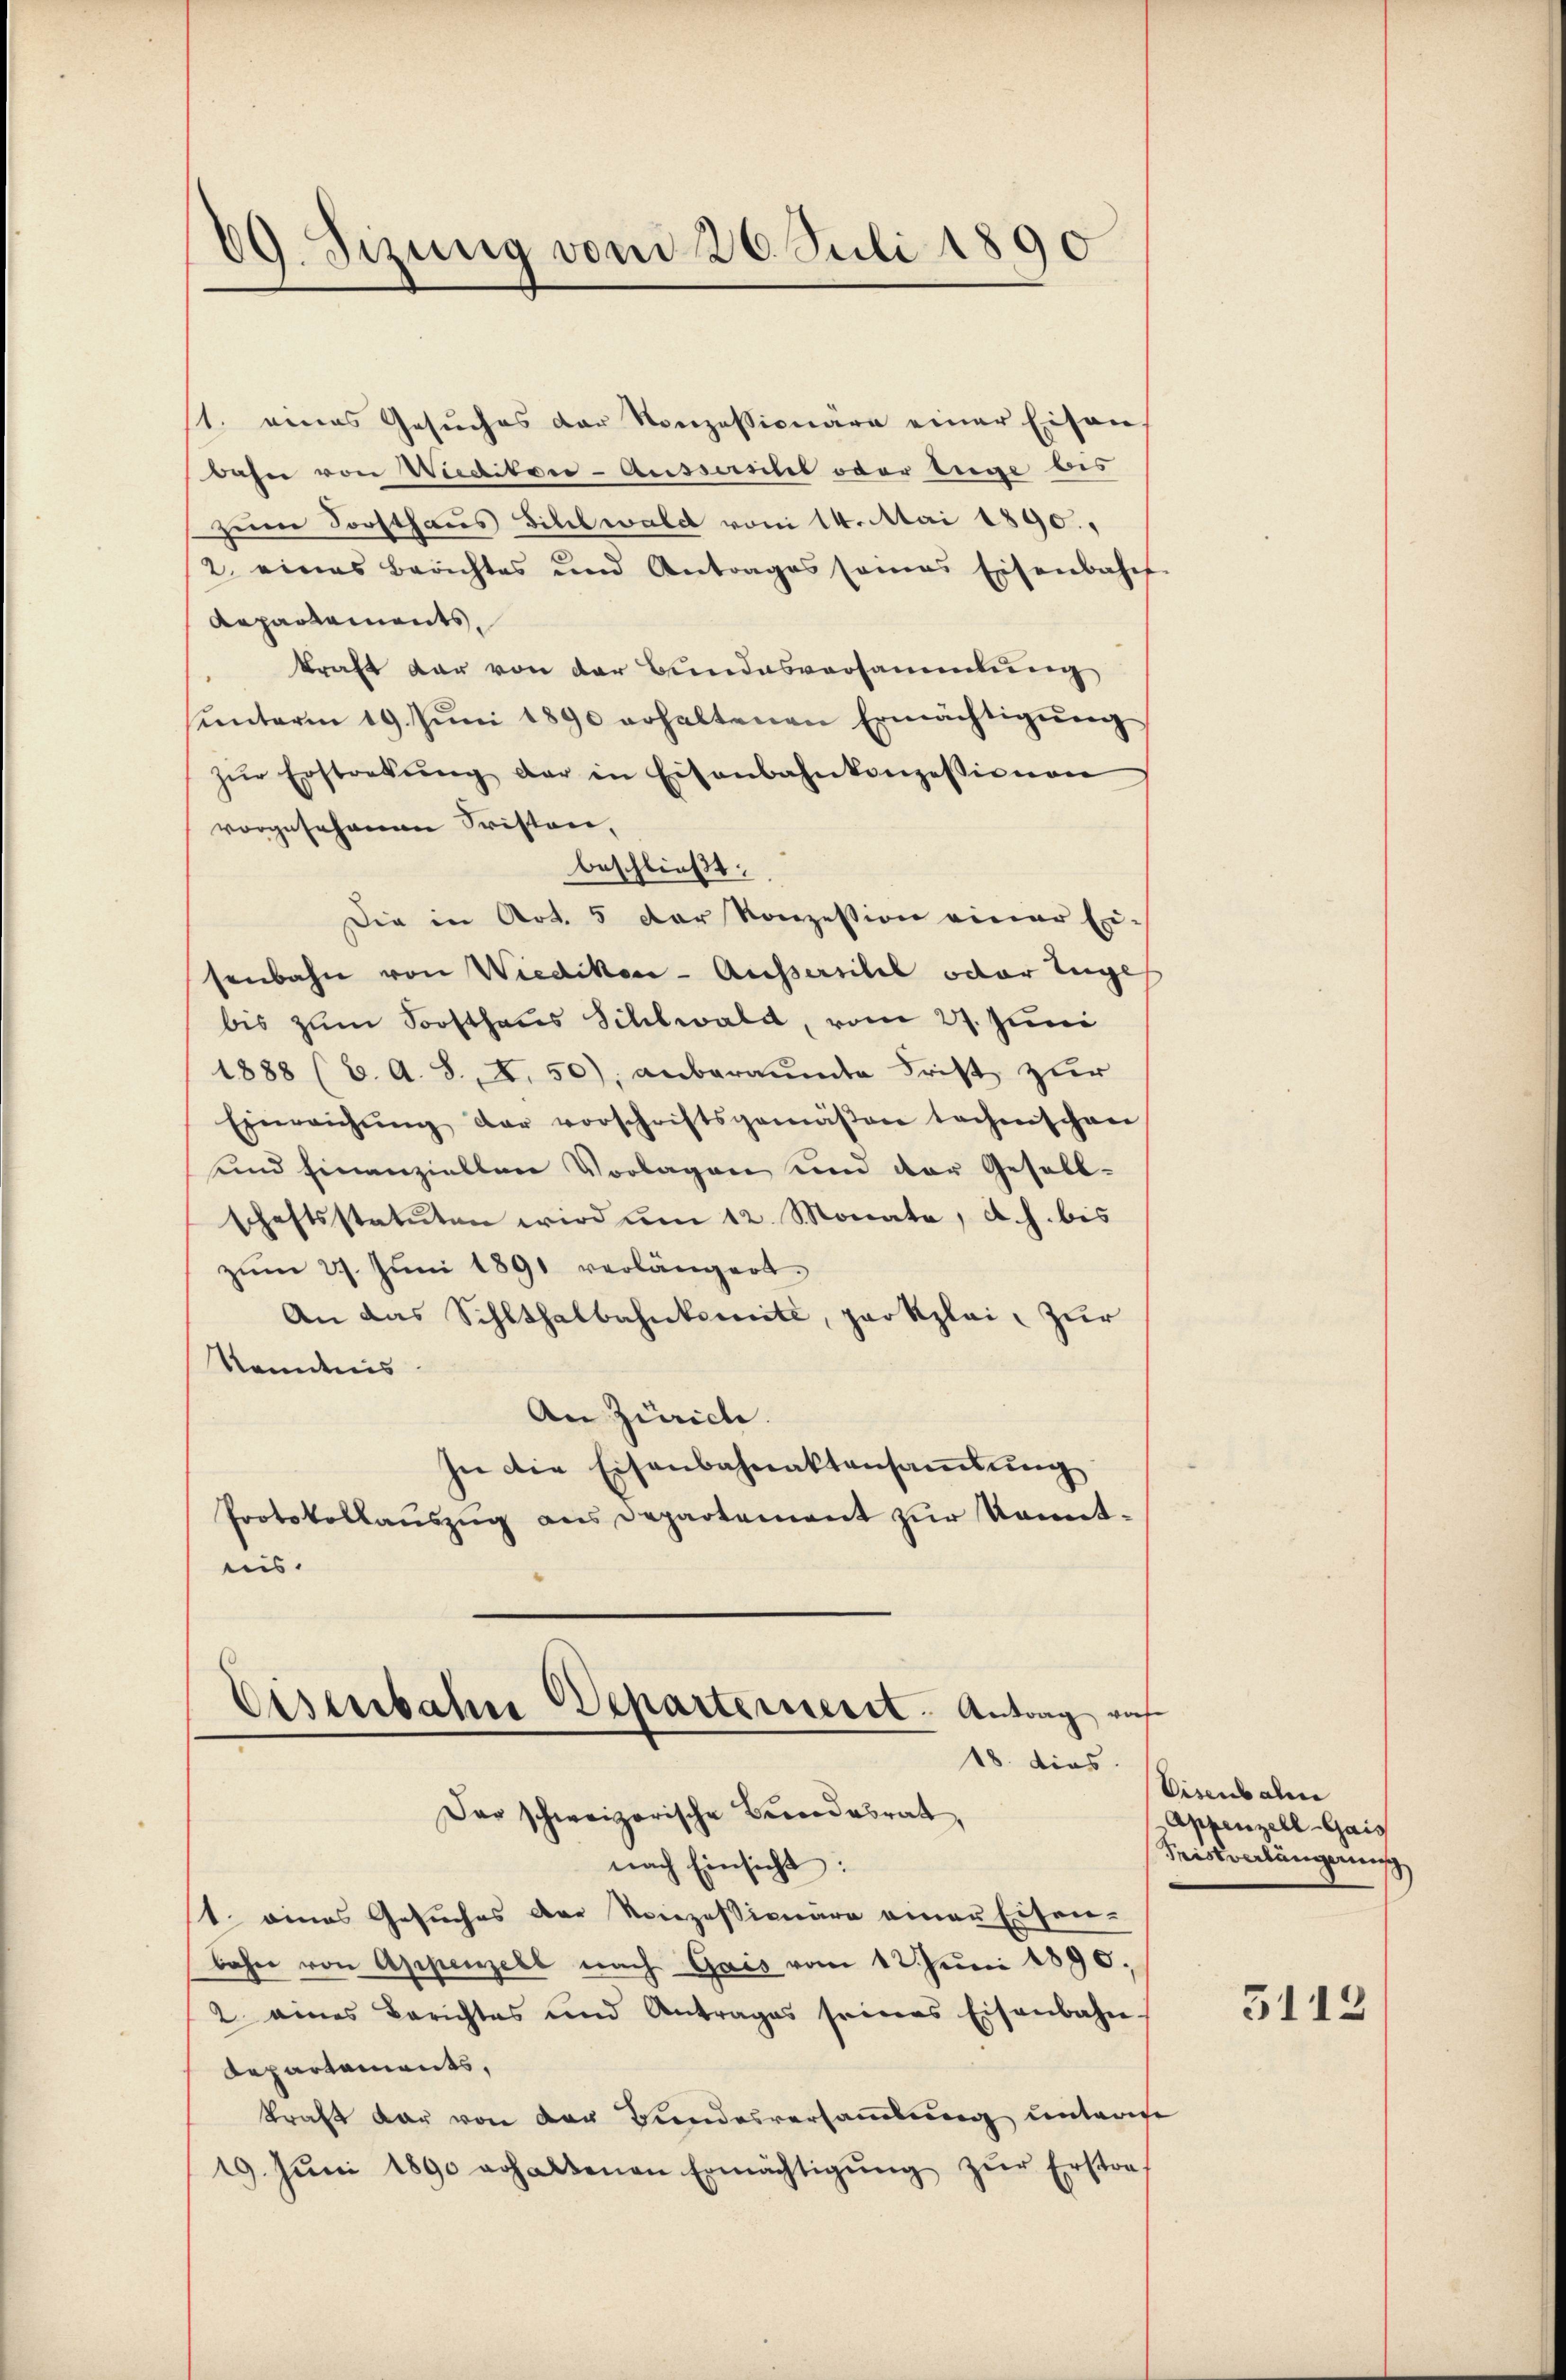
69. Sizung von d. 26. Juli 1890

s. eines Gesŭches der Konzessionäre einer Eisen
bahn von Wieditore-Aussantel oder tuge bis
zum Forsthaus Billwald vom 14. Mai 1890.
2. eines Berichtes und Antrages sames Eisenbahns
Repartements
kraft dar von der Bundesversammlung
ŭnterm 19. Juni 1890 erhaltenen Ermächtigŭng
zŭr Erstrekŭng der in Eisenbahnkonzessionen
vorgesehenen Fristen,
beschließt:
Die in Art. 5 der Konzession einer Exi-
senbahn von Wiedikon - Ausserstel oder Tuge
bis zum Soosthaus Sihlwald, vom 27. Juni
1888 (6. A. S. 4. 50), anberaumte Frist zur
Einreichŭng der vorschriftsgemäβen tochenschane
und hinanziellen Vorlagen und der Gesellschaftsstatuten wird ŭm 12. Monate, d. h. bis
zŭm 27. Jŭni 1891 verlängert.
An das Sihlthalbahnkomité, parkzlei zur
Kenntnis
An Zürich.
In die Eisenbahnaktensaṁlŭng
Protokollauszug aus Departement zur Kenntnis.
Eisenbahne Departement: Antrag auf
18. dies
Das schweizerische Beredesrat,
nach Einsicht:
1. eines Gesuches der Konzessionäre einer Eisen-
bahn von Appenzell nach Gais vom 12. Juni 1890.
2. eines Berichtes und Antrages seines Eisenbahn-
Repartaments,
kraft dar von der Bundesversammlung untern
19. Jŭni 1890 erhaltenen Ermächtigŭng zŭr Erstra-

Eisenbahn
Appenzell-Gais
Meistenlängerung

3113